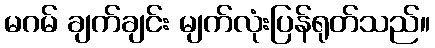
မဂမ် ချက်ချင်း မျက်လုံးပြန်ရုတ်သည်။